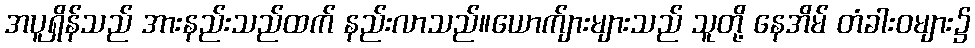
အပူရှိန်သည် အားနည်းသည်ထက် နည်းလာသည်။ယောက်ျားများသည် သူတို့ နေအိမ် တံခါးဝများ၌